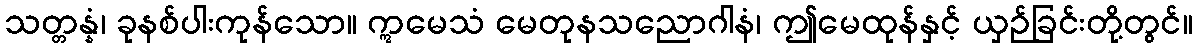
သတ္တန္နံ၊ ခုနစ်ပါးကုန်သော။ ဣမေသံ မေတုနသညောဂါနံ၊ ဤမေထုန်နှင့် ယှဉ်ခြင်းတို့တွင်။